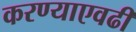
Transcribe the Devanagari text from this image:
करण्याएवढी